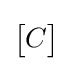
{\begin{bmatrix}C\end{bmatrix}}